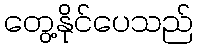
တွေ့နိုင်ပေသည်